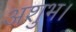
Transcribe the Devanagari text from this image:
अशुभ।